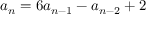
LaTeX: a _ { n } = 6 a _ { n - 1 } - a _ { n - 2 } + 2